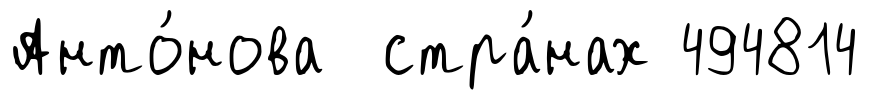
Анто́нова стра́нах 494814